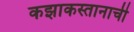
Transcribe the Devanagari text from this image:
कझाकस्तानाची